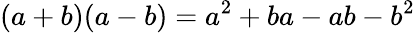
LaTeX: (a+b)(a-b)=a^{2}+ba-ab-b^{2}